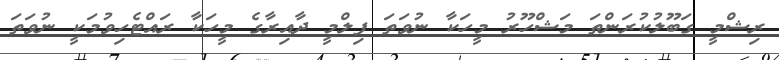
ރިޝްމީ ގަބޫލުކުރަންތަ މަޝްހޫރު މީހަކާ ނުވަތަ ފިލްމީ ދާއިރާގެ މީހަކާ ރައްޓެހިވުމަކީ ނުވަތަ